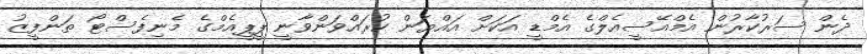
ދެން ސަރުކާރުން އެމްއޭސީއެލްގެ އެމްޑީ އަކަށް އައްޔަން ކުރައްވަންވާނީ ޕީޕީއެމްގެ މެނިފެސްޓޯ ތަންފީޒު